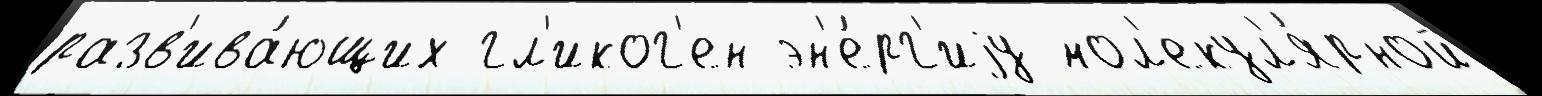
разв'ива́ющих гл'иког'ен эн'е́рг'иjу мол'екул'я́рной